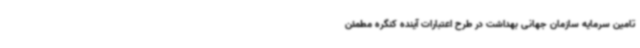
تامین سرمایه سازمان جهانی بهداشت در طرح اعتبارات آینده کنگره مطمئن